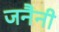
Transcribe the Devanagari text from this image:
जनैनी